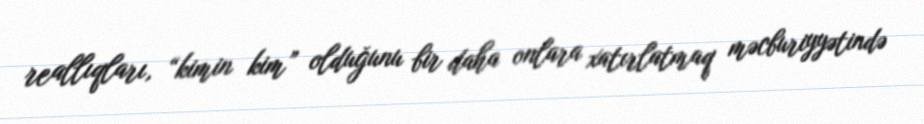
reallıqları, “kimin kim” olduğunu bir daha onlara xatırlatmaq məcburiyyətində